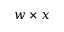
w \times x